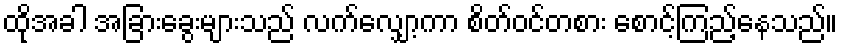
ထိုအခါ အခြားခွေးများသည် လက်လျှော့ကာ စိတ်ဝင်တစား စောင့်ကြည့်နေသည်။